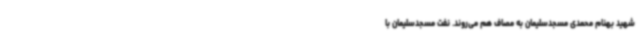
شهید بهنام محمدی مسجدسلیمان به مصاف هم می‌روند. نفت مسجدسلیمان با